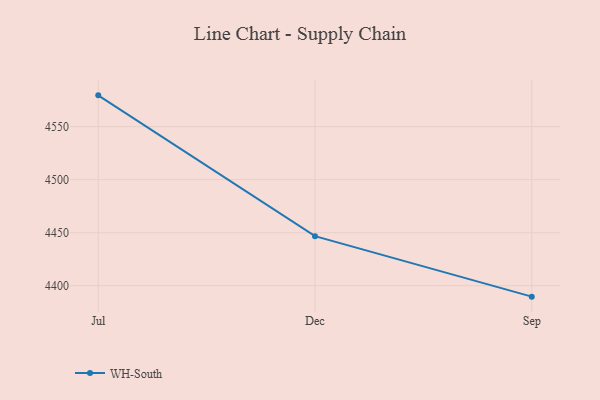
{"axis": {"x": "Month", "y": "Energy Usage (MWh)"}, "legend": ["WH-South"], "data": [{"x": "Jul", "y": 4579.5, "type": "WH-South"}, {"x": "Dec", "y": 4446.7, "type": "WH-South"}, {"x": "Sep", "y": 4389.7, "type": "WH-South"}]}